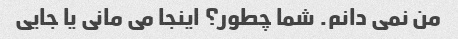
من نمی دانم. شما چطور؟ اینجا می مانی یا جایی